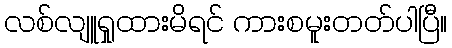
လစ်လျူရှုထားမိရင် ကားစမူးတတ်ပါပြီ။